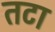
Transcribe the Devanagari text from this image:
तटा